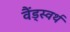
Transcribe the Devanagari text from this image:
वैंड्स्वर्थ